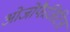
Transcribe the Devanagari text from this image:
ओजोफैजिटिस